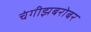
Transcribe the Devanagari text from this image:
चंगीझबरोबर